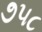
૭૫૮